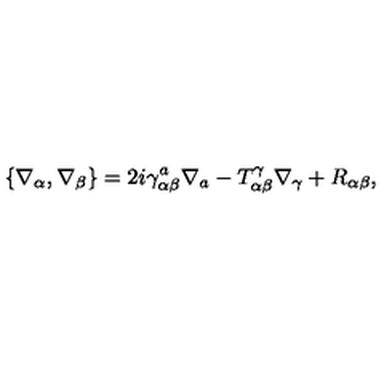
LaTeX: \{ \nabla _ { \alpha } , \nabla _ { \beta } \} = 2 i \gamma _ { \alpha \beta } ^ { a } \nabla _ { a } - T _ { \alpha \beta } ^ { \gamma } \nabla _ { \gamma } + R _ { \alpha \beta } ,